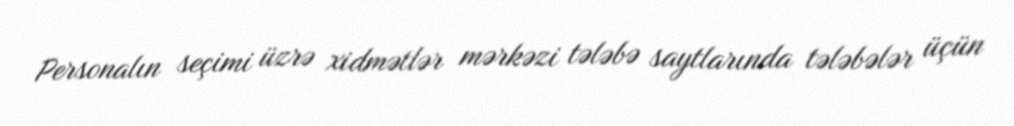
Personalın seçimi üzrə xidmətlər mərkəzi tələbə saytlarında tələbələr üçün